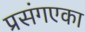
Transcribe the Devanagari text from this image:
प्रसंगएका